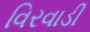
વિરવાડી